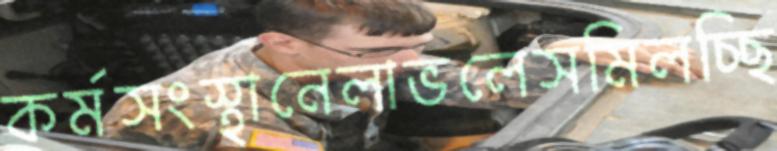
কর্মসংস্থানেলাভলেসমিলচ্ছি